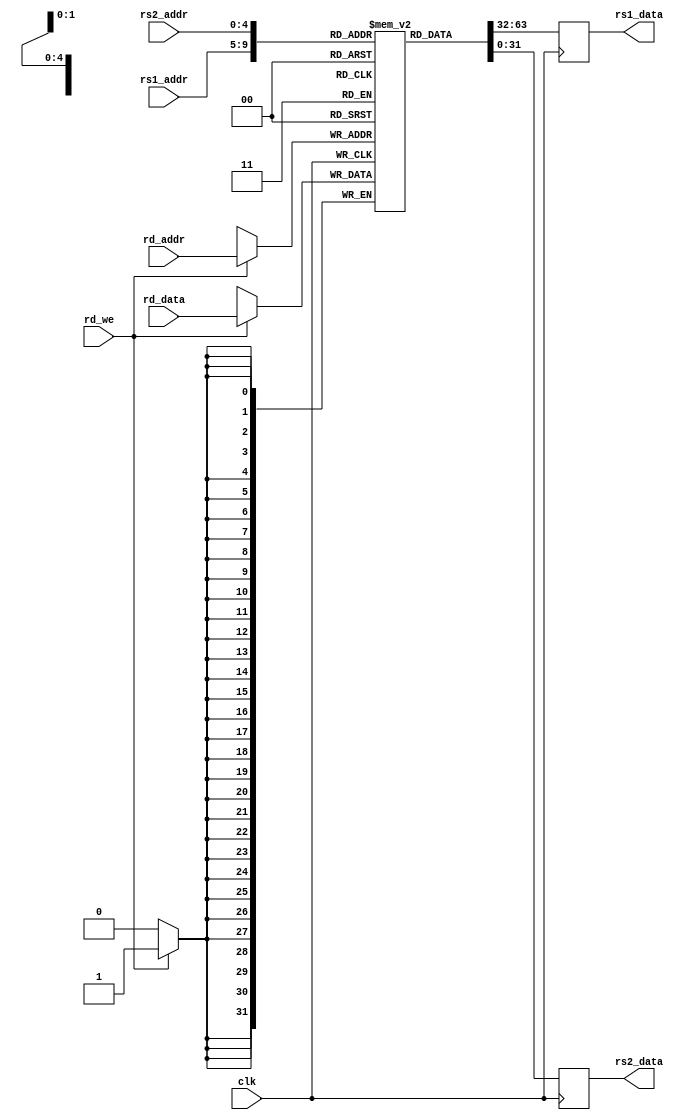
module register_file
#(      parameter DATA_WIDTH = 32)
(
	// Input Ports
	input clk,
	input rd_we,
	input [4:0] rd_addr,
	input [4:0] rs1_addr,
	input [4:0] rs2_addr,
	input [DATA_WIDTH-1:0] rd_data,
	// Output Ports
	output reg [DATA_WIDTH-1:0] rs1_data,
	output reg [DATA_WIDTH-1:0] rs2_data
);

	// Declare the RAM variable
	reg [DATA_WIDTH-1:0] register_file[31:0];
	
	initial 
	begin : INIT
		integer i;
		for(i = 0; i < 32; i=i+1)
			register_file[i] = {DATA_WIDTH{1'b0}};
	end 

	always @ (posedge clk)
	begin
		// Write
		if (rd_we)
			register_file[rd_addr] <= rd_data;

		rs1_data <= register_file[rs1_addr];
		rs2_data <= register_file[rs2_addr];
	end
endmodule